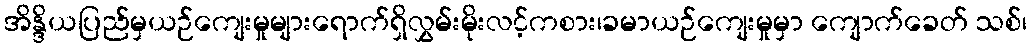
အိန္ဒိယပြည်မှယဉ်ကျေးမှုများရောက်ရှိလွှမ်းမိုးလင့်ကစား၊ခမာယဉ်ကျေးမှုမှာ ကျောက်ခေတ် သစ်၊